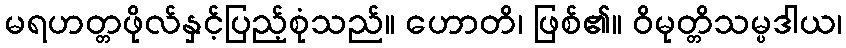
မရဟတ္တဖိုလ်နှင့်ပြည့်စုံသည်။ ဟောတိ၊ ဖြစ်၏။ ဝိမုတ္တိသမ္ပဒါယ၊